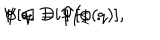
LaTeX: \Psi [ q ] = \Psi [ \phi ( q ) ] , \hspace { 1 c m } \phi \in D i f f _ { \Sigma } \ .